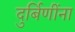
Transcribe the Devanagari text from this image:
दुर्बिणींना